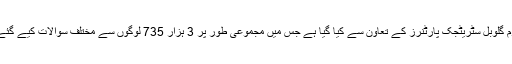
یہ سروے انسٹی ٹیوٹ آف پبلک اوپینیئن کی جانب سے امریکی فرم گلوبل سٹریٹجک پارٹنرز کے تعاون سے کیا گیا ہے جس میں مجموعی طور پر 3 ہزار 735 لوگوں سے مختلف سوالات کیے گئے، سروے میں شامل 72 فیصد لوگوں نے سوالوں کے جواب دیے۔